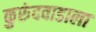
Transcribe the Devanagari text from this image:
कुरुंदवाडाला